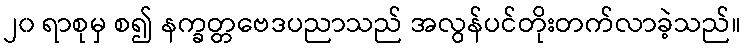
၂၀ ရာစုမှ စ၍ နက္ခတ္တဗေဒပညာသည် အလွန်ပင်တိုးတက်လာခဲ့သည်။